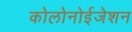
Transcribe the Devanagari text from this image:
कोलोनोईजेशन